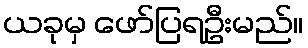
ယခုမှ ဖော်ပြရဦးမည်။